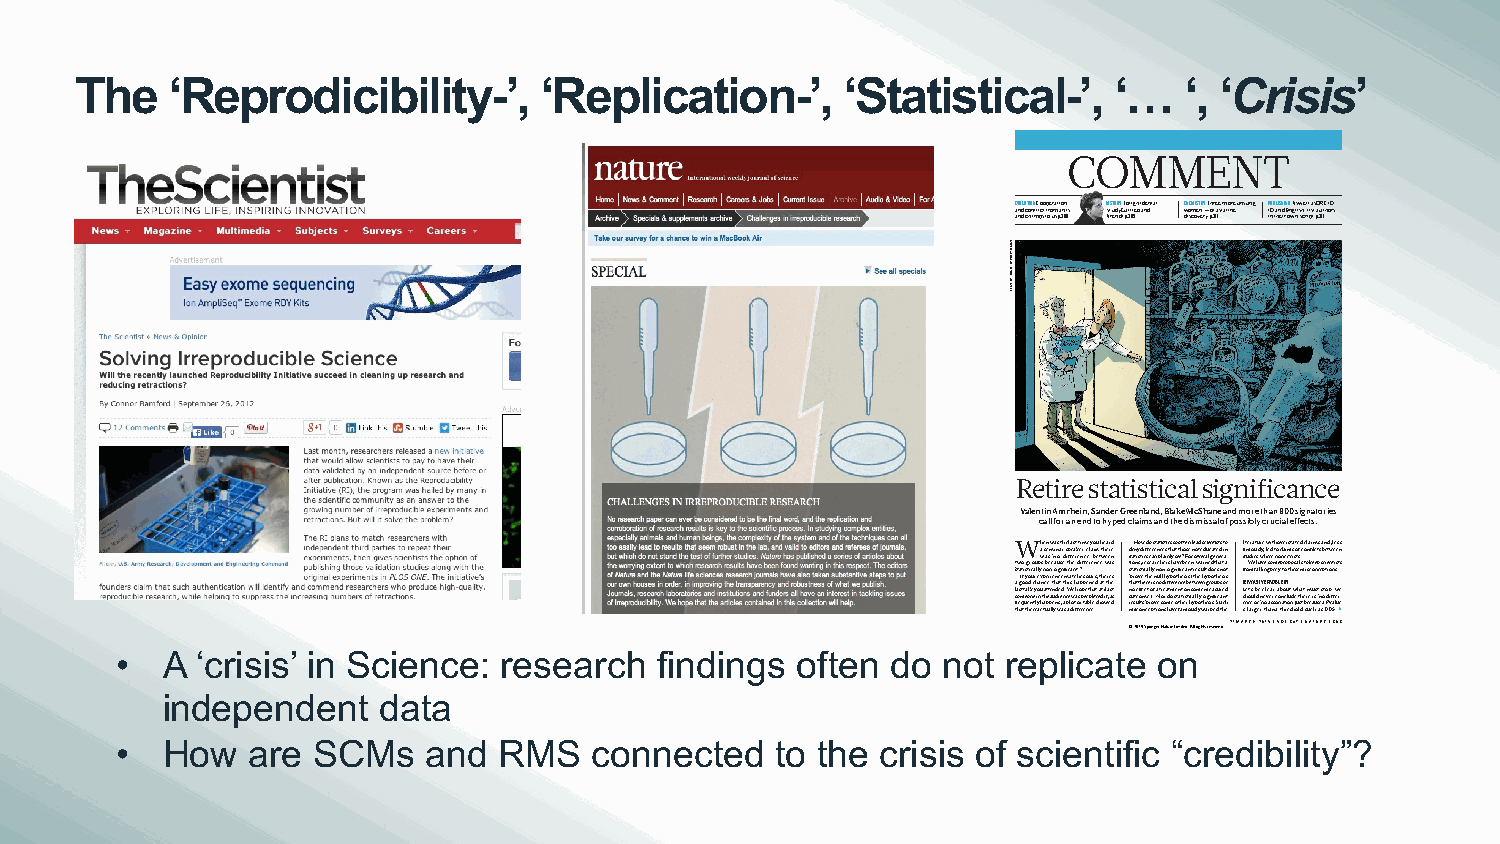
The   ‘Reprodicibility-’,      ‘Replication-’,     ‘Statistical-’,   ‘…  ‘, ‘Crisis’
 COMMENT
 EVOLUTION Cooperation HISTORY To fight denial, CHEMISTRY Three more unsung PUBLISHING As well as ORCID
 a an nd d c chon imfli pc st tf oro um s p a.3n0t8s Ast ru ed ny d tG pa.3l0il9eo and w dio scm oe vn er — y po.3f1 a1statine I inD ta hn ed ir E on wg nli s sh c, r il pis tt pa.3u1t1hors
 Retire statistical significance
 Valentin Amrhein, Sander Greenland, Blake McShane and more than 800 signatories
 call for an end to hyped claims and the dismissal of possibly crucial effects.
 When was the last time you heard How do statistics so often lead scientists to literature with overstated claims and, less
 a seminar speaker claim there deny differences that those not educated in famously, led to claims of conflicts between
 was ‘no difference’ between statistics can plainly see? For several genera- studies where none exists.
 two groups because the difference was tions, researchers have been warned that a We have some proposals to keep scientists
 ‘statistically non-significant’? statistically non-significant result does not from falling prey to these misconceptions.
 a gI of y oo du cr h e ax np ce er i te hn ac te t m hia st c hh ae ps p o eu nr es d, t ah te tr he’ es ‘ tp hr ao t v the’ e t rh e e is n nu ol l d h ify fep ro et nh ce es bis e ( twth ee e nh y gp roo uth pe ss ois r PERVASIVE PROBLEM
 l sa os mt t ea ol nk ey io nu
 t
 hat et e an ud de ied n. cW
 e
 we ah so pp ee
 r
 t ph lea xt ea dt l ie f,a as st n ouo
 t
 e cf ofe mc et )o1f
 .
 a
 N
 t or re a dt om se tn at
 t
 io stn
 i
 cs ao lm lye
 s
 im gnea ifs iu cr ae nd
 t
 L she ot’ us lb de
 n
 c el ve ea rr ca ob no cu lut dw
 e
 h that
 e
 rm
 e
 u iss t
 ‘n
 s ot o dp if:
 f
 ew re
 -
 frequently happens, a plot or table showed results ‘prove’ some other hypothesis. Such ence’ or ‘no association’ just because a P value
 that there actually was a difference. misconceptions have famously warped the is larger than a threshold such as 0.05
 © 2019 Springer Nature Limited. All rights reserved.21 MARCH 2019 | VOL 567 | NATURE | 305
 •  A ‘crisis’ in Science: research findings  often do not  replicate on
 independent   data
 •  How  are  SCMs   and  RMS   connected   to the crisis of scientific “credibility”?
 SNIKRAP
 DIVAD
 YB NOITARTSULLI